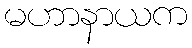
မဟာနာယက